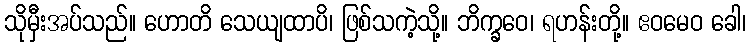
သိုမှီးအပ်သည်။ ဟောတိ သေယျထာပိ၊ ဖြစ်သကဲ့သို့။ ဘိက္ခဝေ၊ ရဟန်းတို့။ ဧဝမေဝ ခေါ၊